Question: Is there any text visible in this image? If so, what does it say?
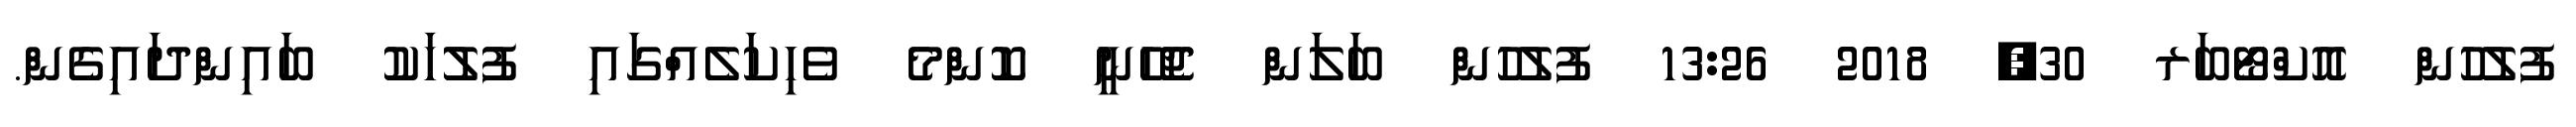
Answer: ފުލުހުން އޮކްޓޯބަރ 30, 2018 13:26 ފުލުހުން ބަލަން ޖެހޭނީ ކޮންމެ ވެހިކަލެއްގައި ފުލުހަކު ބައިންދައިގެން.